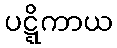
ပဋ္ဋိကာယ